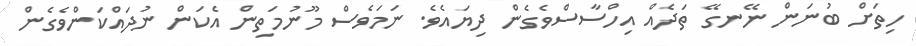
ހިތަށް ބުނަން ނޭނގޭ ތަދެއް އިހްސާސްވެގެން ދިޔައެވެ. ނަމަވެސް މޫނުމަތިން އެކަން ނުދައްކަންވެގެން